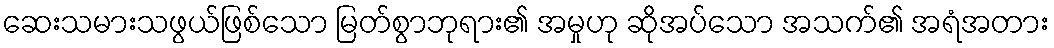
ဆေးသမားသဖွယ်ဖြစ်သော မြတ်စွာဘုရား၏ အမှုဟု ဆိုအပ်သော အသက်၏ အရံအတား